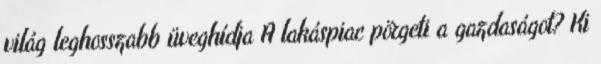
világ leghosszabb üveghídja A lakáspiac pörgeti a gazdaságot? Ki